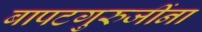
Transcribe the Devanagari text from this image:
बापटगुरुजींना